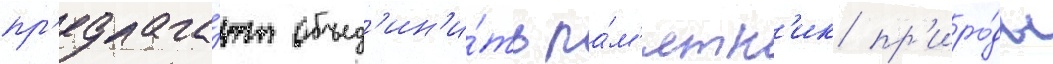
пр'едлага́ют объед'ин'и́ть па́м'ятн'ик пр'иро́ды